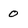
Character: 0